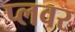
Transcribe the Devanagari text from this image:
प्लवर